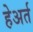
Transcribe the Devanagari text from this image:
हेअर्त